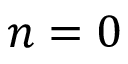
n = 0